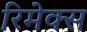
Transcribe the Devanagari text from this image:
रिमेक्स